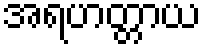
အရဟတ္တာယ